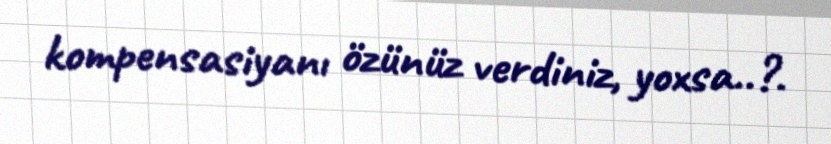
kompensasiyanı özünüz verdiniz, yoxsa..?.